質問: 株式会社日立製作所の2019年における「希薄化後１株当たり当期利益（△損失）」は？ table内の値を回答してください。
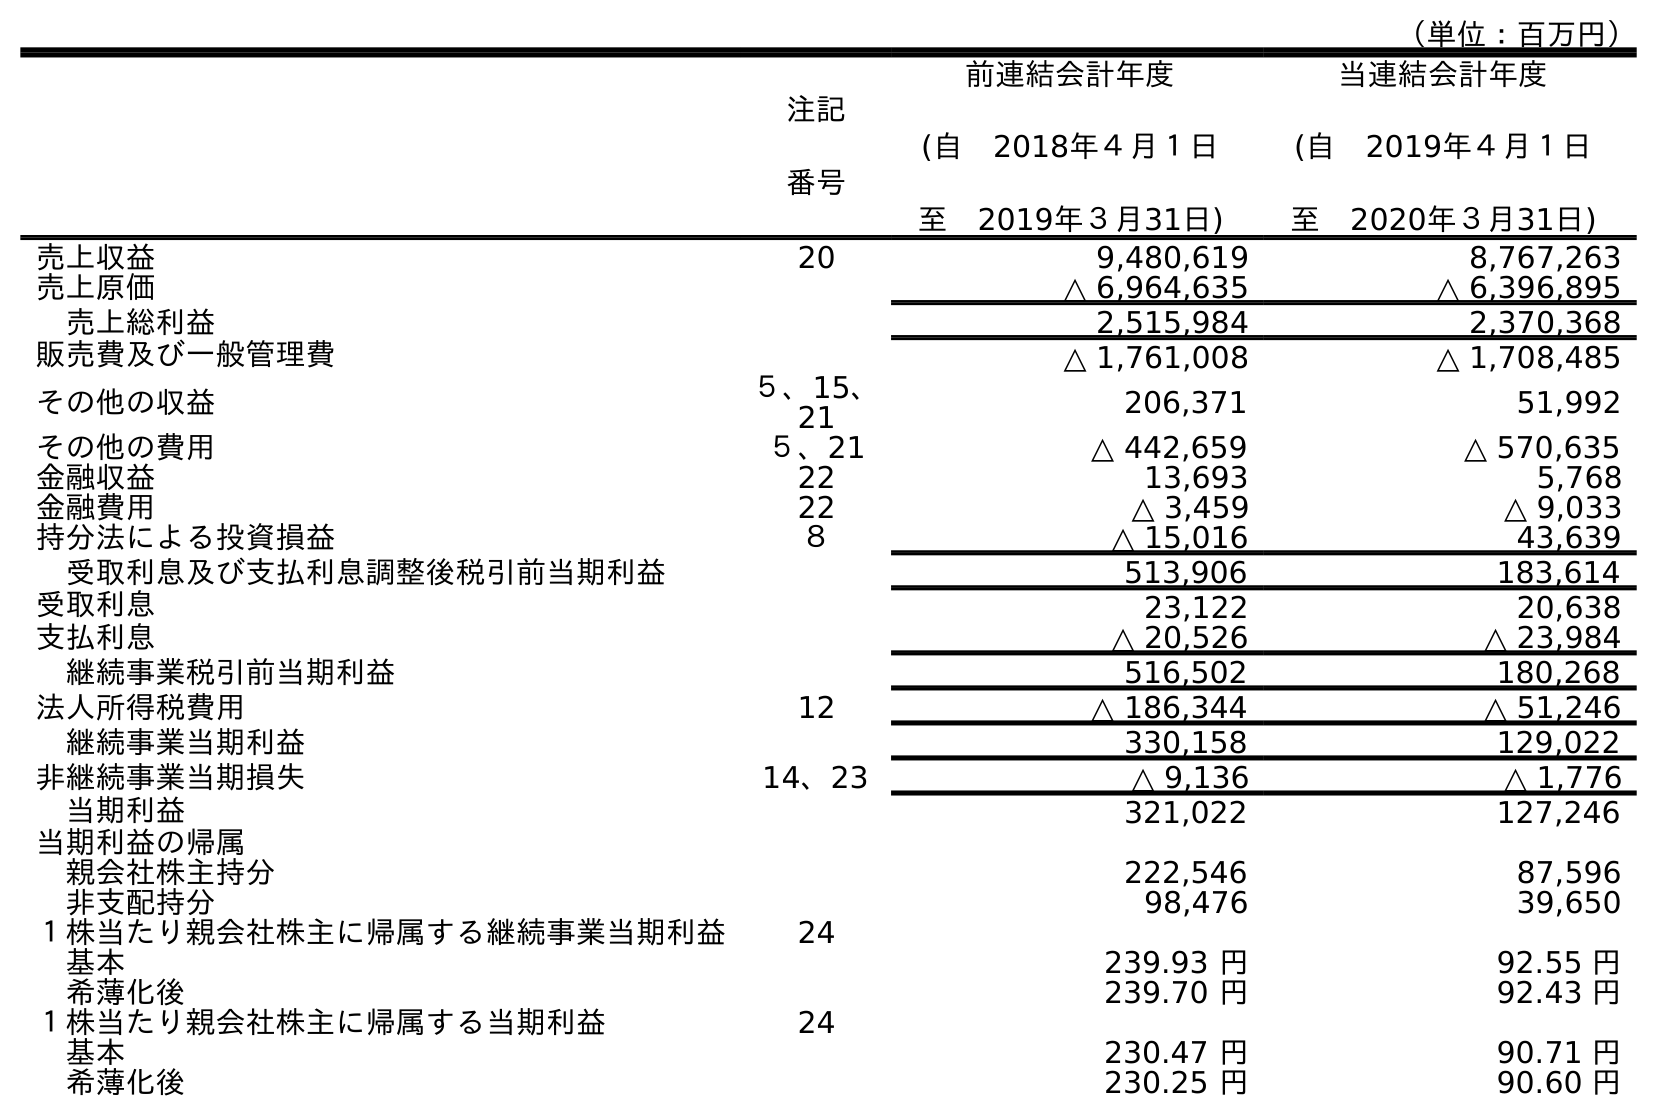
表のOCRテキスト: （単位：百万円） 注記 番号 前連結会計年度 (自 2018年４月１日 至 2019年３月31日) 当連結会計年度 (自 2019年４月１日 至 2020年３月31日) 売上収益 20 9,480,619 8,767,263 売上原価 △ 6,964,635 △ 6,396,895 売上総利益 2,515,984 2,370,368 販売費及び一般管理費 △ 1,761,008 △ 1,708,485 その他の収益 ５、15、 21 206,371 51,992 その他の費用 ５、21 △ 442,659 △ 570,635 金融収益 22 13,693 5,768 金融費用 22 △ 3,459 △ 9,033 持分法による投資損益 ８ △ 15,016 43,639 受取利息及び支払利息調整後税引前当期利益 513,906 183,614 受取利息 23,122 20,638 支払利息 △ 20,526 △ 23,984 継続事業税引前当期利益 516,502 180,268 法人所得税費用 12 △ 186,344 △ 51,246 継続事業当期利益 330,158 129,022 非継続事業当期損失 14、23 △ 9,136 △ 1,776 当期利益 321,022 127,246 当期利益の帰属 親会社株主持分 222,546 87,596 非支配持分 98,476 39,650 １株当たり親会社株主に帰属する継続事業当期利益 24 基本 239.93 円 92.55 円 希薄化後 239.70 円 92.43 円 １株当たり親会社株主に帰属する当期利益 24 基本 230.47 円 90.71 円 希薄化後 230.25 円 90.60 円
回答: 230.25円